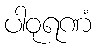
ပါဝုရဏံ